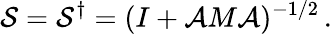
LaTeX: {\cal S}={\cal S}^{\dagger}=(I+{\cal A}M{\cal A})^{-1/2}\, .